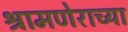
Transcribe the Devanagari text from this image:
श्रामणेराच्या